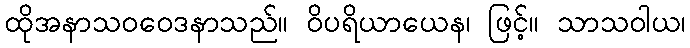
ထိုအနာသဝဝေဒနာသည်။ ဝိပရိယာယေန၊ ဖြင့်။ သာသဝါယ၊